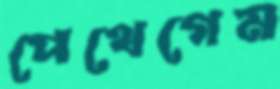
পেথেগেম